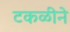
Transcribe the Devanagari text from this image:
टकळीने